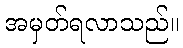
အမှတ်ရလာသည်။